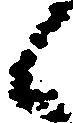
候